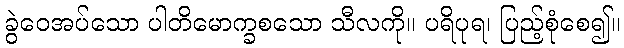
ခွဲဝေအပ်သော ပါတိမောက္ခစသော သီလကို။ ပရိပုရ၊ ပြည့်စုံစေ၍။